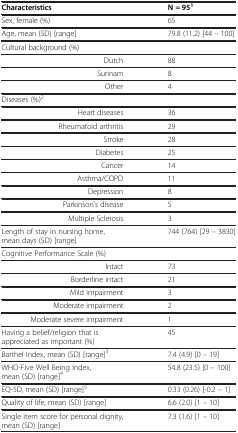
<table><thead><tr><td><b>Characteristics</b></td><td><b>N = 95<sup>1</sup></b></td></tr></thead><tbody><tr><td>Sex, female (%)</td><td>65</td></tr><tr><td>Age, mean (SD) [range]</td><td>79.8 (11.2) [44 – 100]</td></tr><tr><td>Cultural background (%)</td><td> </td></tr><tr><td>Dutch</td><td>88</td></tr><tr><td>Surinam</td><td>8</td></tr><tr><td>Other</td><td>4</td></tr><tr><td>Diseases (%)<sup>2</sup></td><td> </td></tr><tr><td>Heart diseases</td><td>36</td></tr><tr><td>Rheumatoid arthritis</td><td>29</td></tr><tr><td>Stroke</td><td>28</td></tr><tr><td>Diabetes</td><td>25</td></tr><tr><td>Cancer</td><td>14</td></tr><tr><td>Asthma/COPD</td><td>11</td></tr><tr><td>Depression</td><td>8</td></tr><tr><td>Parkinson’s disease</td><td>5</td></tr><tr><td>Multiple Sclerosis</td><td>3</td></tr><tr><td>Length of stay in nursing home, mean days (SD) [range]</td><td>744 (764) [29 – 3830]</td></tr><tr><td>Cognitive Performance Scale (%)</td><td> </td></tr><tr><td>Intact</td><td>73</td></tr><tr><td>Borderline intact</td><td>21</td></tr><tr><td>Mild impairment</td><td>3</td></tr><tr><td>Moderate impairment</td><td>2</td></tr><tr><td>Moderate severe impairment</td><td>1</td></tr><tr><td>Having a belief/religion that is appreciated as important (%)</td><td>45</td></tr><tr><td>Barthel Index, mean (SD) [range]<sup>3</sup></td><td>7.4 (4.9) [0 – 19]</td></tr><tr><td>WHO-Five Well Being Index, mean (SD) [range]<sup>4</sup></td><td>54.8 (23.5) [0 – 100]</td></tr><tr><td>EQ-5D, mean (SD) [range]<sup>5</sup></td><td>0.33 (0.26) [-0.2 – 1]</td></tr><tr><td>Quality of life, mean (SD) [range]</td><td>6.6 (2.0) [1 – 10]</td></tr><tr><td>Single item score for personal dignity, mean (SD) [range]</td><td>7.3 (1.6) [1 – 10]</td></tr></tbody></table>